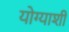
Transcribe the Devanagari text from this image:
योग्याशी